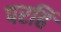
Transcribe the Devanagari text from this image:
परहिं